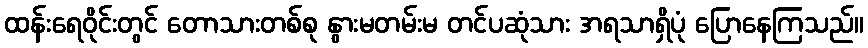
ထန်းရေဝိုင်းတွင် တောသားတစ်စု နွားမတမ်းမ တင်ပဆုံသား အရသာရှိပုံ ပြောနေကြသည်။